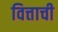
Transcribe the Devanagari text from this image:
वित्ताची